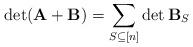
LaTeX: \begin{align*}\det(\mathbf{A}+\mathbf{B}) = \sum_{S \subseteq [n]} \det \mathbf{B}_S\end{align*}